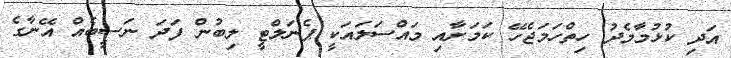
އަދި ކުޅުމާމެދު ހިތްހަމަޖެހޭ ކަމަށާއި މައްސަލައަކީ ޕެނަލްޓީ ލިބުން ފަދަ ނަސީބެއް އޭނާގެ